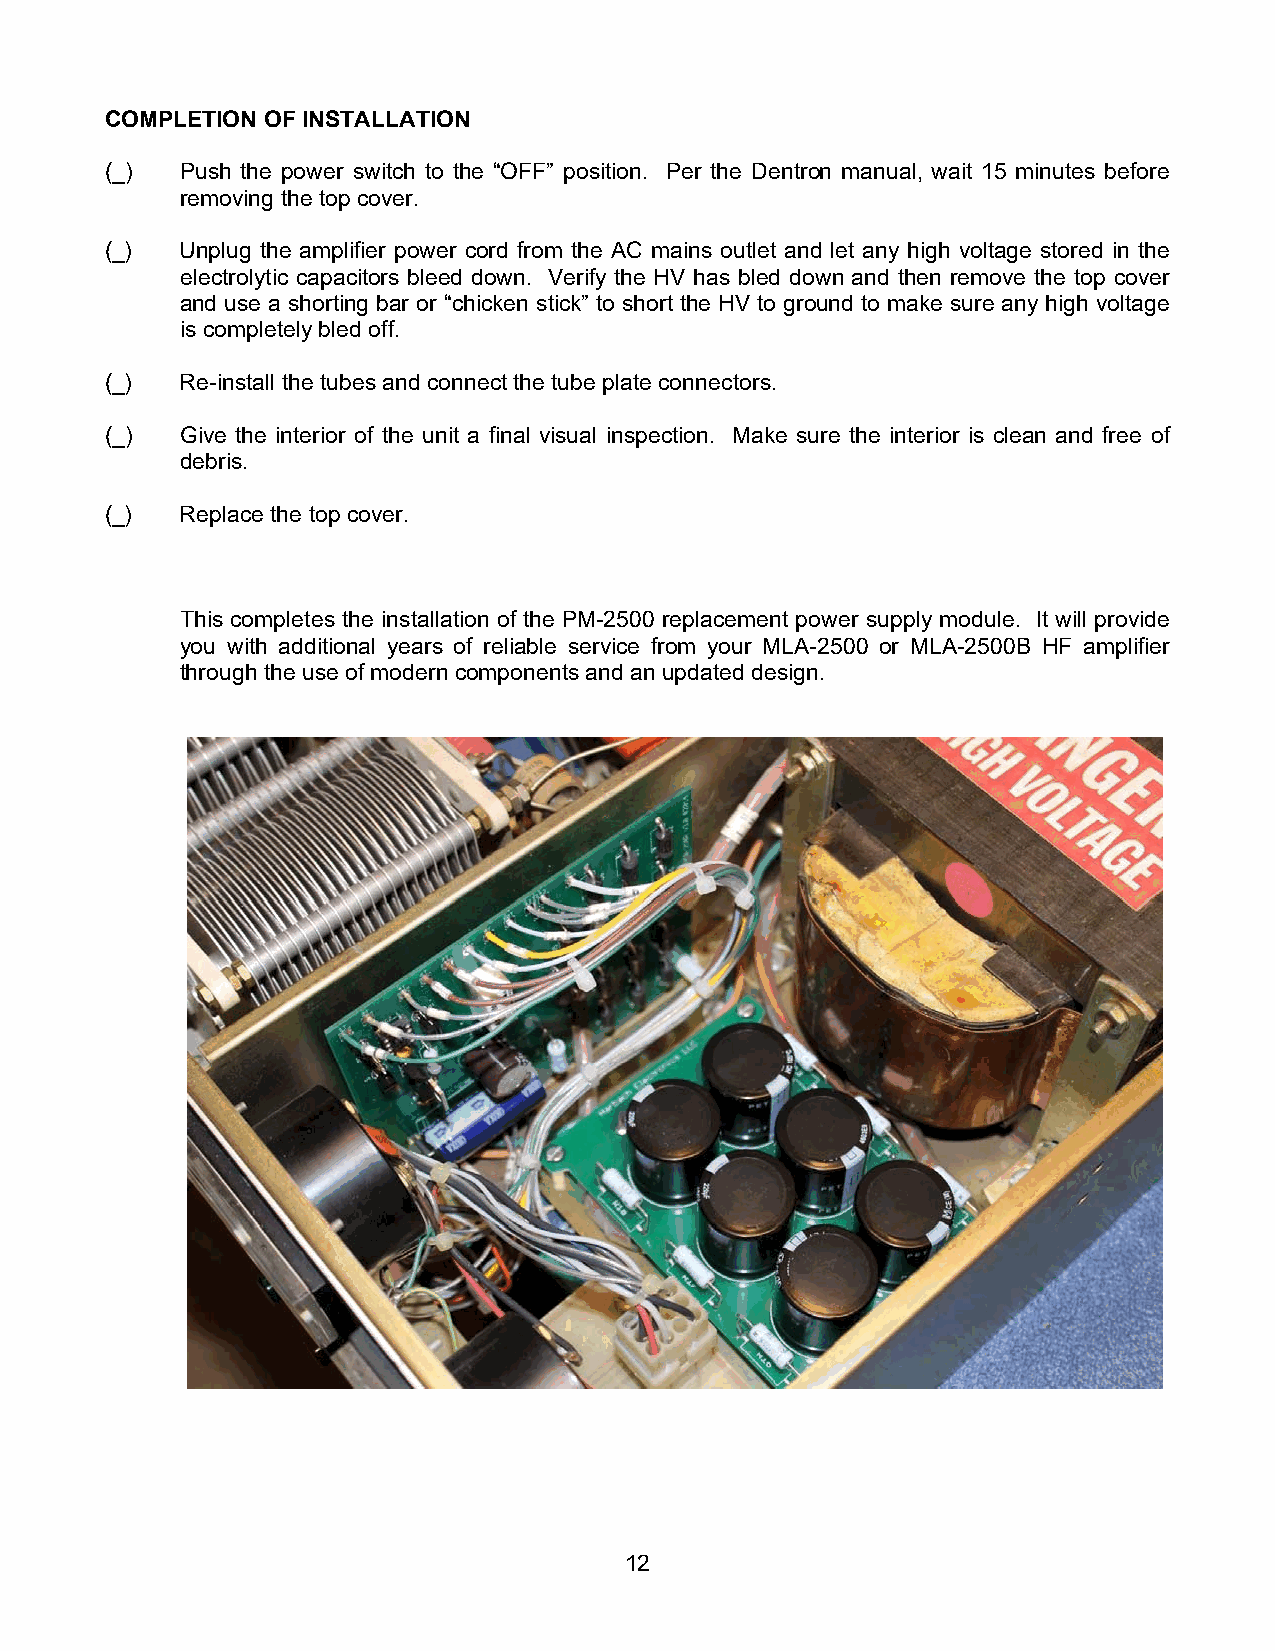
COMPLETION OF INSTALLATION
 (_)  Push the power switch to the “OFF” position. Per the Dentron manual, wait 15 minutes before
 removing the top cover.
 (_)  Unplug the amplifier power cord from the AC mains outlet and let any high voltage stored in the
 electrolytic capacitors bleed down. Verify the HV has bled down and then remove the top cover
 and use a shorting bar or “chicken stick” to short the HV to ground to make sure any high voltage
 is completely bled off.
 (_)  Re-install the tubes and connect the tube plate connectors.
 (_)  Give the interior of the unit a final visual inspection. Make sure the interior is clean and free of
 debris.
 (_)  Replace the top cover.
 This completes the installation of the PM-2500 replacement power supply module. It will provide
 you with additional years of reliable service from your MLA-2500 or MLA-2500B HF amplifier
 through the use of modern components and an updated design.
 12